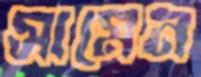
সামেন